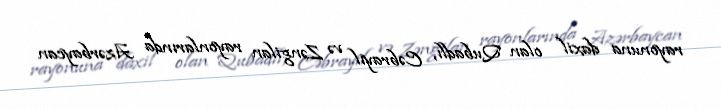
rayonuna daxil olan Qubadlı, Cəbrayıl və Zəngilan rayonlarında Azərbaycan